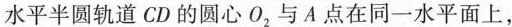
水平半圆轨道CD的圆心O_{2}与A点在同一水平面上，